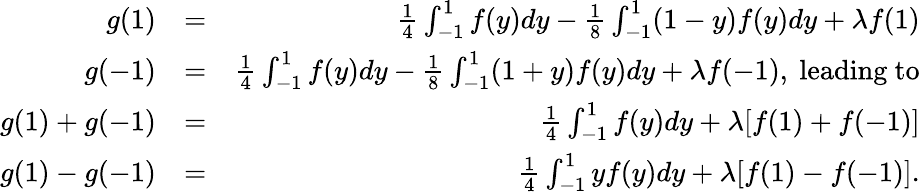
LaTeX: \begin{array}{rlr}{g(1)}&{=}&{\frac{1}{4}\int_{-1}^{1}f(y)dy-\frac{1}{8}\int_{-1}^{1}(1-y)f(y)dy+\lambda f(1)}\\ {g(-1)}&{=}&{\frac{1}{4}\int_{-1}^{1}f(y)dy-\frac{1}{8}\int_{-1}^{1}(1+y)f(y)dy+\lambda f(-1),\mathrm{~leading~to}}\\ {g(1)+g(-1)}&{=}&{\frac{1}{4}\int_{-1}^{1}f(y)dy+\lambda[f(1)+f(-1)]}\\ {g(1)-g(-1)}&{=}&{\frac{1}{4}\int_{-1}^{1}yf(y)dy+\lambda[f(1)-f(-1)].}\end{array}